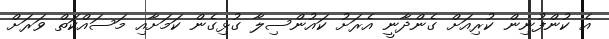
އެ ކުންފުނިން ކުރިއަށް ގެންދާނީ އެރަށު ކައުންސިލާ ގުޅިގެން ކަމަށާއި މަސައްކަތް ވަރަށް